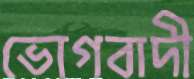
ভোগবাদী